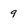
Character: 9